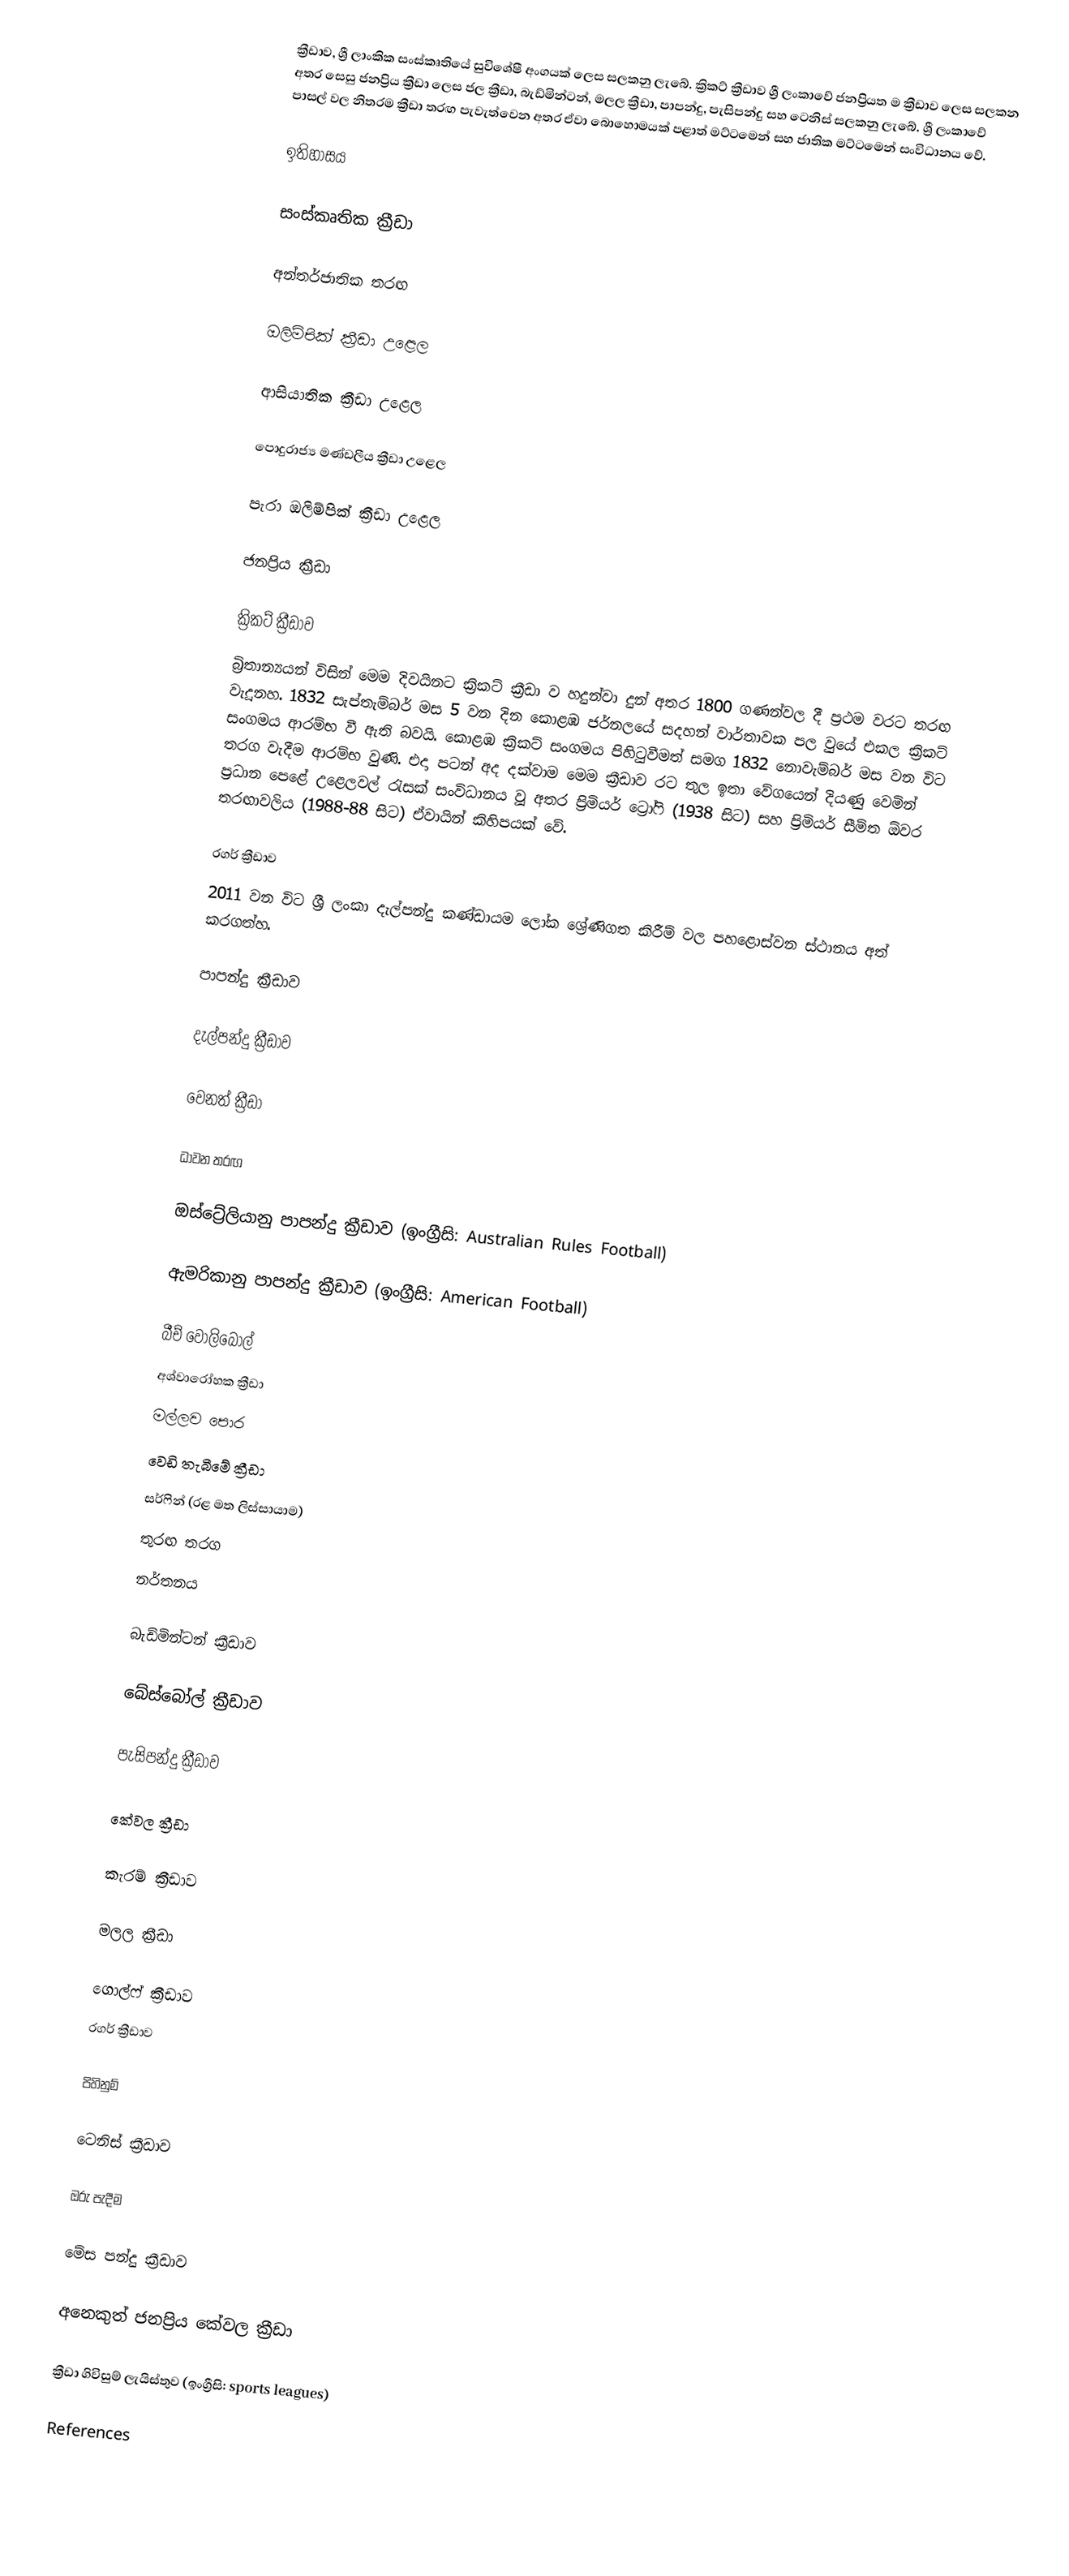
ක්‍රීඩාව, ශ්‍රී ලාංකික සංස්කෘතියේ සුවිශේෂී අංගයක් ලෙස සලකනු ලැබේ. ක්‍රිකට්‌ ක්‍රීඩාව ශ්‍රී ලංකාවේ ජනප්‍රියත ම ක්‍රීඩාව ලෙස සලකන අතර සෙසු ජනප්‍රිය ක්‍රීඩා ලෙස ජල ක්‍රීඩා, බැඩ්මින්ටන්, මලල ක්‍රීඩා, පාපන්දු, පැසිපන්දු සහ ටෙනිස් සලකනු ලැබේ. ශ්‍රී ලංකාවේ පාසල් වල නිතරම ක්‍රීඩා තරඟ පැවැත්වෙන අතර ඒවා බොහොමයක් පළාත් මට්ටමෙන් සහ ජාතික මට්ටමෙන් සංවිධානය වේ.

ඉතිහාසය

සංස්කෘතික ක්‍රීඩා

අන්තර්ජාතික තරඟ

ඔලිම්පික් ක්‍රීඩා උළෙල

ආසියාතික ක්‍රීඩා උළෙල

පොදුරාජ්‍ය මණ්ඩලීය ක්‍රීඩා උළෙල

පැරා ඔලිම්පික් ක්‍රීඩා උළෙල

ජනප්‍රිය ක්‍රීඩා

ක්‍රිකට් ක්‍රීඩාව
බ්‍රිතාන්‍යයන් විසින් මෙම දිවයිනට ක්‍රිකට් ක්‍රීඩා ව හදුන්වා දුන් අතර 1800 ගණන්වල දී ප්‍රථම වරට තරඟ වැදූනහ. 1832 සැප්තැම්බර් මස 5 වන දින කොළඹ ජර්නලයේ සදහන් වාර්තාවක පල වුයේ එකල ක්‍රිකට් සංගමය ආරම්භ වී ඇති බවයි. කොළඹ ක්‍රිකට් සංගමය පිහිටුවීමත් සමග 1832 නොවැම්බර් මස වන විට තරග වැදීම ආරම්භ වුණි. එදා පටන් අද දක්වාම මෙම ක්‍රීඩාව රට තුල ඉතා වේගයෙන් දියණු වෙමින් ප්‍රධාන පෙළේ උළෙලවල් රැසක් සංවිධානය වූ අතර ප්‍රිමියර් ට්‍රෝෆි (1938 සිට) සහ ප්‍රිමියර් සීමිත ඕවර තරඟාවලිය (1988-88 සිට) ඒවායින් කිහිපයක් වේ.

රගර් ක්‍රීඩාව
2011 වන විට ශ්‍රී ලංකා දැල්පන්දු කණ්ඩායම ලෝක ශ්‍රේණිගත කිරීම් වල පහළොස්වන ස්ථානය අත් කරගත්හ.

පාපන්දු ක්‍රීඩාව

දැල්පන්දු ක්‍රීඩාව

වෙනත් ක්‍රීඩා

ධාවන තරඟ

ඔස්ට්‍රේලියානු පාපන්දු ක්‍රීඩාව (ඉංග්‍රීසි: Australian Rules Football)

ඇමරිකානු පාපන්දු ක්‍රීඩාව (ඉංග්‍රීසි: American Football)

 බීච් වොලිබෝල්
 අශ්වාරෝහක ක්‍රීඩා
 මල්ලව පොර
 වෙඩි තැබීමේ ක්‍රීඩා
 සර්ෆින් (රළ මත ලිස්සායාම)
 තුරඟ තරග
 නර්තනය

බැඩ්මින්ටන් ක්‍රීඩාව

බේස්බෝල් ක්‍රීඩාව

පැසිපන්දු ක්‍රීඩාව

කේවල ක්‍රීඩා

කැරම් ක්‍රීඩාව

මලල ක්‍රීඩා

ගොල්ෆ් ක්‍රීඩාව
රගර් ක්‍රීඩාව

පිහිනුම්

ටෙනිස් ක්‍රීඩාව

ඔරු පැදීම

මේස පන්දු ක්‍රීඩාව

අනෙකුත් ජනප්‍රිය කේවල ක්‍රීඩා

ක්‍රීඩා ගිවිසුම් ලැයිස්තුව (ඉංග්‍රීසි: sports leagues)

References